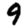
Digit: 9